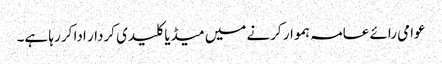
عوامی رائے عامہ ہموار کرنے میں میڈیا کلیدی کردار ادا کر رہا ہے۔